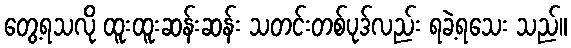
တွေ့ရသလို ထူးထူးဆန်းဆန်း သတင်းတစ်ပုဒ်လည်း ရခဲ့ရသေး သည်။